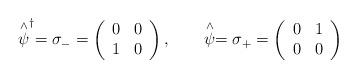
LaTeX: \begin{align*}\stackrel{\wedge }{\psi }^{\dagger }=\sigma _{-}=\left(\begin{array}{cc}0 & 0 \\1 & 0\end{array}\right) ,\qquad \stackrel{\wedge }{\psi }=\sigma _{+}=\left(\begin{array}{cc}0 & 1 \\0 & 0\end{array}\right)\end{align*}